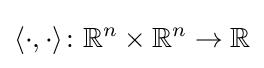
\langle \cdot ,\cdot \rangle \colon \mathbb {R} ^{n}\times \mathbb {R} ^{n}\to \mathbb {R}